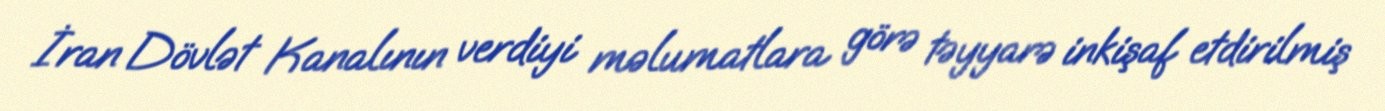
İran Dövlət Kanalının verdiyi məlumatlara görə təyyarə inkişaf etdirilmiş